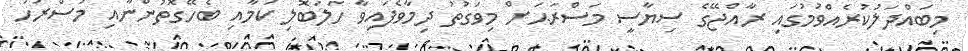
މިބައްދަލުކުރެއްވުމުގައި ރާއްޖޭގެ ސިޔާސީ މަސްރަޙަށް މިވަގުތު ދިމާވެފައިވާ ހަލަބޮލި ކަމާއި ބެހޭގޮތުންނާއި މަސްރަހު